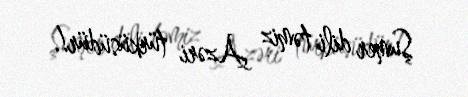
Şumer dili təmiz Azəri türküsüdür!.